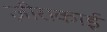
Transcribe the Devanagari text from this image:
ज़ीराकाई